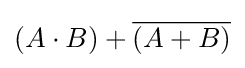
(A\cdot B)+{\overline {(A+B)}}